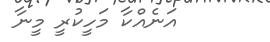
އަނެއްކާ މަހީކުރީ މީނާ